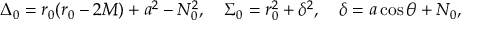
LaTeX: \Delta _ { 0 } = r _ { 0 } ( r _ { 0 } - 2 M ) + a ^ { 2 } - N _ { 0 } ^ { 2 } , \quad \Sigma _ { 0 } = r _ { 0 } ^ { 2 } + \delta ^ { 2 } , \quad \delta = a \cos \theta + N _ { 0 } ,